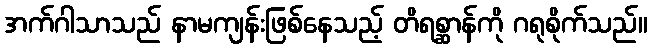
အက်ဂါသာသည် နာမကျန်းဖြစ်နေသည့် တိရစ္ဆာန်ကို ဂရုစိုက်သည်။